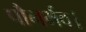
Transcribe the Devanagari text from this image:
पौनर्भव।